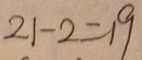
2 1 - 2 = 1 9